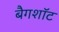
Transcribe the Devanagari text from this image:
बैगशॉट